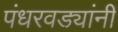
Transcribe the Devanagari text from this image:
पंधरवड्यांनीं